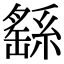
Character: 繇